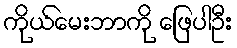
ကိုယ်မေးဘာကို ဖြေပါဦး